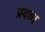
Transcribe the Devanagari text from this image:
प्रदत्त।